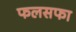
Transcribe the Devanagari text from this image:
फलसफा